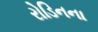
રોડિનના